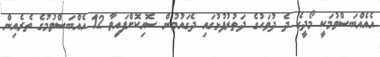
އެއެއްބަސްވުމަކީ މޯދީގެ ދެ ދުވަހުގެ ދަތުރުފުޅުގައި ދެގައުމުން ސޮއިކޮށްފައިވާ 12 އެއްބަސްވުމުގެ ތެރެއިން